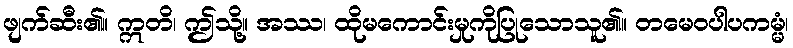
ဖျက်ဆီး၏။ ဣတိ၊ ဤသို့။ အဿ၊ ထိုမကောင်းမှုကိုပြုသောသူ၏။ တမေဝပါပကမ္မံ၊